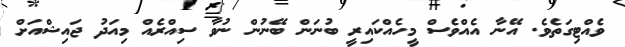
ވެއްޓިގަތެވެ. އޭނާ އެއްވެސް މީހެއްކައިރީ ބުނަން ބޭނުން ނުވާ ސިއްރެއް މިއަދު ޖައިޝްއަށް